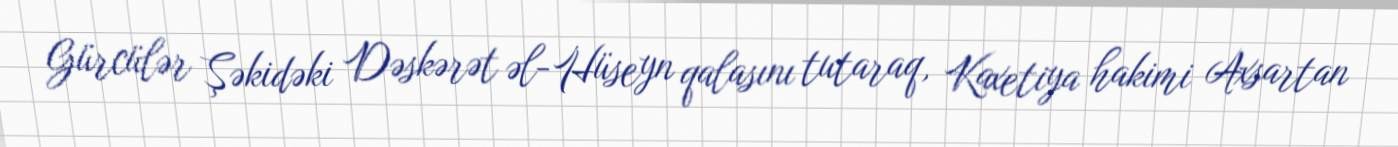
Gürcülər Şəkidəki Dəskərət əl-Hüseyn qalasını tutaraq, Kaxetiya hakimi Axsartan